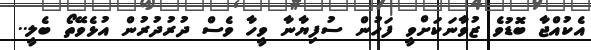
އެކުއްޖާ ބޮޑުވެ ޒުވާނަކަށްވީ ފަހުން ސުފިޔާނާ ވީހާ ވެސް ދުރުދުރުން އުޅެވޭތޯ ބެލީ..